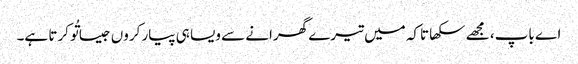
اے باپ، مجھے سکھا تاکہ میں تیرے گھرانے سے ویسا ہی پیار کروں جیسا تُو کرتا ہے۔